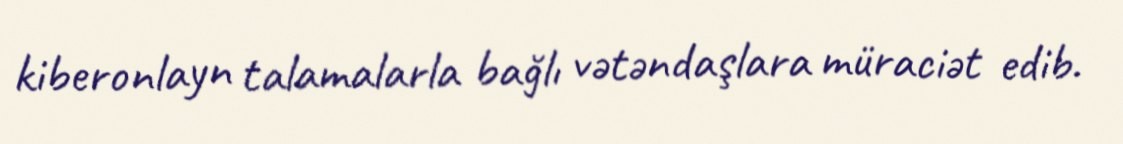
kiberonlayn talamalarla bağlı vətəndaşlara müraciət edib.